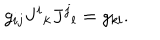
g _ { i j } J ^ { i } { } _ { k } J ^ { j } { } _ { l } = g _ { k l } .